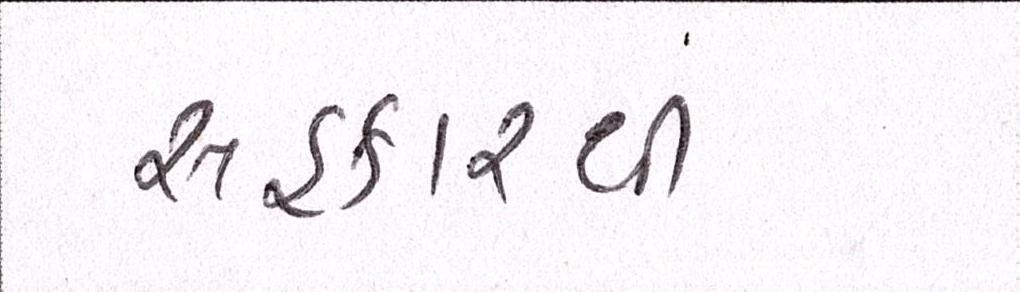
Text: સહકારથી